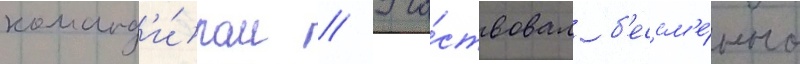
команд'и́ром // Уча́ствовал б'ессм'е́нно